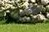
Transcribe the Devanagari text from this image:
थ्येनश्याङ